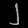
Digit: ၂